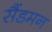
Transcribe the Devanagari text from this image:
सैंडमन